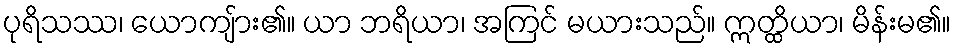
ပုရိသဿ၊ ယောကျ်ား၏။ ယာ ဘရိယာ၊ အကြင် မယားသည်။ ဣတ္ထိယာ၊ မိန်းမ၏။